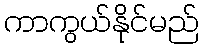
ကာကွယ်နိုင်မည်